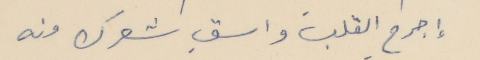
إجرحِ القلبَ واسقِ شعرك منه